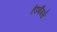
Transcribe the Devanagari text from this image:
हेडबैंगर्स